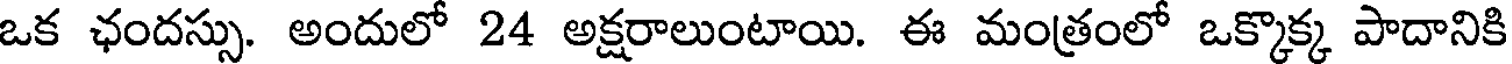
ఒక ఛందస్సు. అందులో 24 అక్షరాలుంటాయి. ఈ మంత్రంలో ఒక్కొక్క పాదానికి